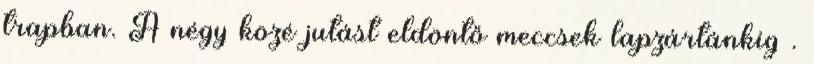
trapban. A négy közé jutást eldöntő meccsek lapzártánkig .